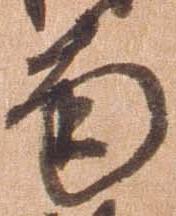
南